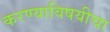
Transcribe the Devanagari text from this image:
करण्याविषयीचा